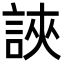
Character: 䛟